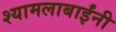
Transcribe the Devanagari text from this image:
श्यामलाबाईंनी